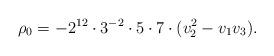
LaTeX: \begin{align*} \rho_0= - 2^{12} \cdot 3^{-2} \cdot 5 \cdot 7 \cdot (v_2^2-v_1 v_3). \end{align*}